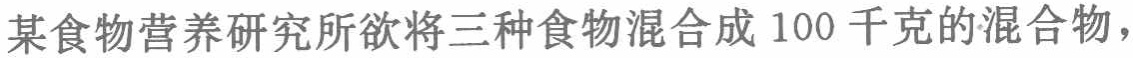
某食物营养研究所欲将三种食物混合成 100 千克的混合物，